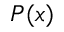
P ( x )